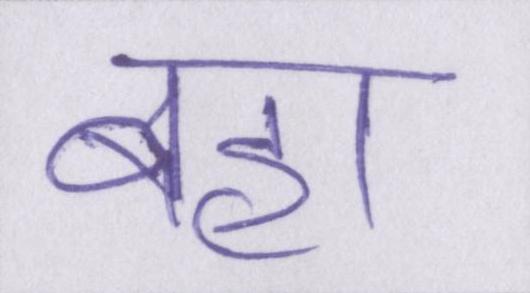
बहा